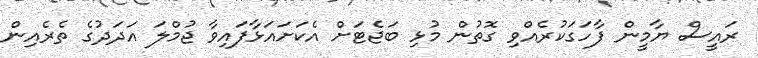
ރައީސް ޔާމީން ފާހަގަކުރެއްވި ގޮތުން މުޅި ބަޖެޓަށް އެކަށައަޅާފައިވާ ޖުމްލަ އަދަދުގެ ތެރެއިން